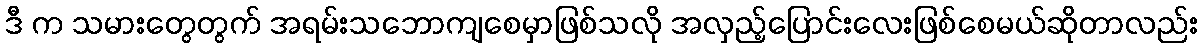
ဒီ က သမားတွေတွက် အရမ်းသဘောကျစေမှာဖြစ်သလို အလှည့်ပြောင်းလေးဖြစ်စေမယ်ဆိုတာလည်း